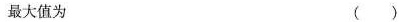
最大值为 ( )